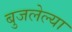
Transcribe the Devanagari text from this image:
बुजलेल्या